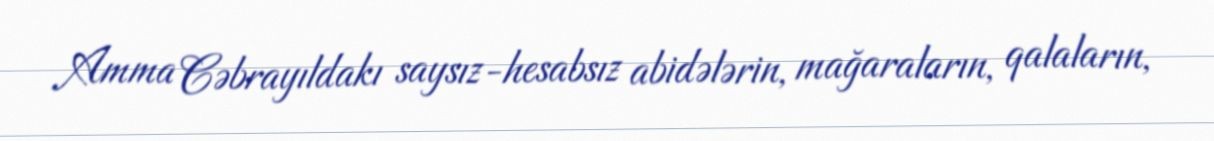
Amma Cəbrayıldakı saysız-hesabsız abidələrin, mağaraların, qalaların,